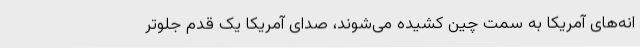
انه‌های آمریکا به سمت چین کشیده می‌شوند، صدای آمریکا یک قدم جلوتر